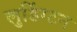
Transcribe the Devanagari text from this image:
लुडिंग्टन